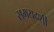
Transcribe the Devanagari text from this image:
समयदर्शी